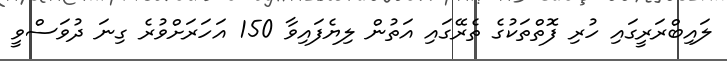
ލައިބްރަރީގައި ހުރި ފޮތްތަކުގެ ތެރޭގައި އަތުން ލިޔެފައިވާ 150 އަހަރަށްވުރެ ގިނަ ދުވަސްވީ